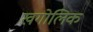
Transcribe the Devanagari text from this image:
खगोलिक